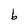
Character: b